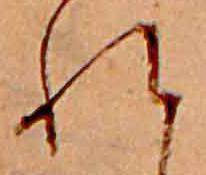
れ